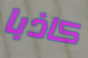
كاذبا